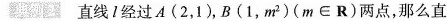
典例2 直线I经过A(2，1)，B(1，m²)(m\inR)两点，那么直